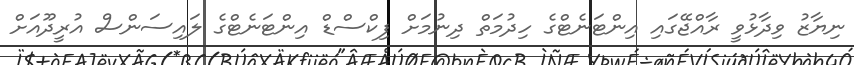
ނިޔާޒު ވިދާޅުވީ ރާއްޖޭގައި އިންޓަނެޓްގެ ހިދުމަތް ދިނުމަށް ފިކްސްޑް އިންޓަނެޓްގެ ލައިސަންސް އުރީދޫއަށް